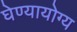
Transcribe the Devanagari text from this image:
घेण्यायोग्य